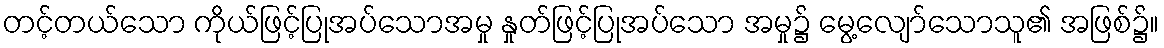
တင့်တယ်သော ကိုယ်ဖြင့်ပြုအပ်သောအမှု နှုတ်ဖြင့်ပြုအပ်သော အမှု၌ မွေ့လျော်သောသူ၏ အဖြစ်၌။